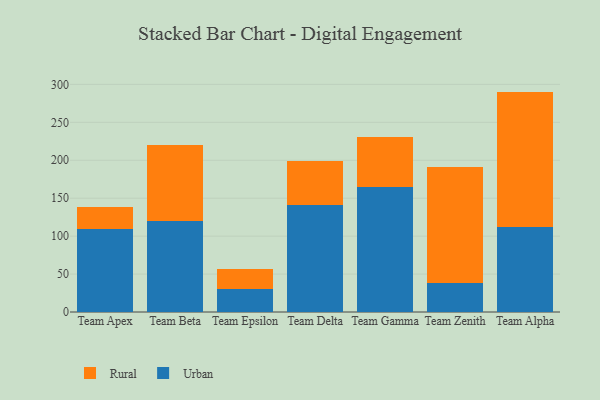
{"axis": {"x": "Team", "y": "Population (Million)"}, "legend": ["Rural", "Urban"], "data": [{"x": "Team Apex", "y": 108.9, "type": "Urban"}, {"x": "Team Apex", "y": 29.1, "type": "Rural"}, {"x": "Team Beta", "y": 120.2, "type": "Urban"}, {"x": "Team Beta", "y": 99.4, "type": "Rural"}, {"x": "Team Epsilon", "y": 30.7, "type": "Urban"}, {"x": "Team Epsilon", "y": 25.7, "type": "Rural"}, {"x": "Team Delta", "y": 141.4, "type": "Urban"}, {"x": "Team Delta", "y": 57.3, "type": "Rural"}, {"x": "Team Gamma", "y": 164.7, "type": "Urban"}, {"x": "Team Gamma", "y": 65.4, "type": "Rural"}, {"x": "Team Zenith", "y": 38.4, "type": "Urban"}, {"x": "Team Zenith", "y": 152.9, "type": "Rural"}, {"x": "Team Alpha", "y": 112.3, "type": "Urban"}, {"x": "Team Alpha", "y": 178.2, "type": "Rural"}]}